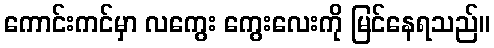
ကောင်းကင်မှာ လကွေး ကွေးလေးကို မြင်နေရသည်။